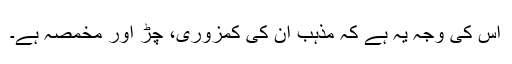
اس کی وجہ یہ ہے کہ مذہب ان کی کمزوری، چڑ اور مخمصہ ہے۔